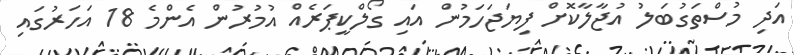
އަދި މުސްތަގުބަލު އުޖާލާކޮށް ފިޔަޖަހަމުން އައި ގޯލްކީޕަރެއް އުމުރުން އެންމެ 18 އަހަރުގައި